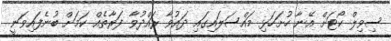
ސިވިލް ކޯޓަށް އޭނާ ހުށަހަޅި މައްސަލައިގައި ދައުވާ ރައްދުވާ ފަރާތެއް ކަމަށް ބުނެފައިވަނީ